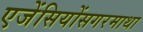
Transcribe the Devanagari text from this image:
एजेंसियोंसगरमाथा